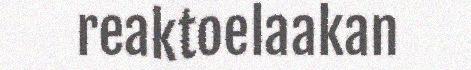
reaktoelaakan